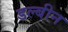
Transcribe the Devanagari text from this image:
डल्बीन